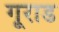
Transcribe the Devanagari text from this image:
गूराड